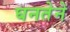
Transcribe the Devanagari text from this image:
घनतेने